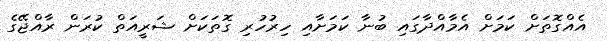
އެއްގޮތަށް ކަމަށް އެމާއްދާގައި ބުނާ ކަމަށާއި ހިރުހުރި ގޮތަކަށް ޝަރީއަތް ކުރަން ރާއްޖޭގެ